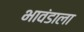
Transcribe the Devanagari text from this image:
भावंडाला